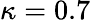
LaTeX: \kappa=0.7